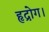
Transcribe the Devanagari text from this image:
हृद्रोग।